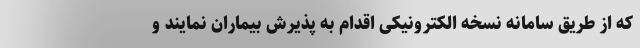
که از طریق سامانه نسخه الکترونیکی اقدام به پذیرش بیماران نمایند و